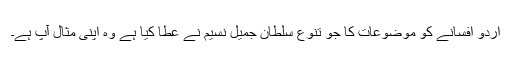
اردو افسانے کو موضوعات کا جو تنوع سلطان جمیل نسیم نے عطا کیا ہے وہ اپنی مثال آپ ہے۔